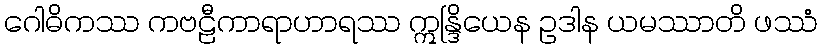
ဂေါဓိကဿ ကဗဠီကာရာဟာရဿ ဣန္ဒြိယေန ဥဒါန ယမဿာတိ ဖဿံ